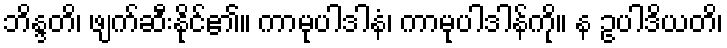
ဘိန္ဒတိ၊ ဖျက်ဆီးနိုင်၏။ ကာမုပါဒါနံ၊ ကာမုပါဒါန်ကို။ န ဥပါဒိယတိ၊